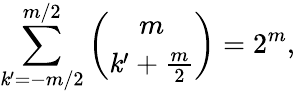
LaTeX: \sum_{\mathit{k}^{\prime}=-m/2}^{m/2}\binom{m}{\mathit{k}^{\prime}+\frac{{m}}{{2}}}=2^{m},